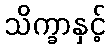
သိက္ခာနှင့်